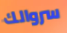
سروالك